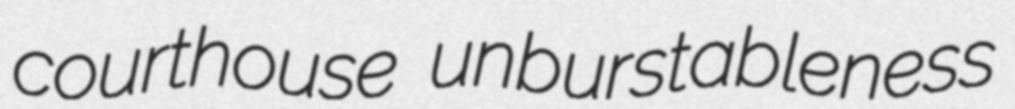
courthouse unburstableness